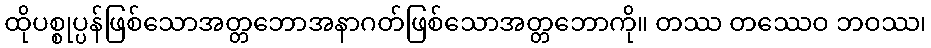
ထိုပစ္စုပ္ပန်ဖြစ်သောအတ္တဘောအနာဂတ်ဖြစ်သောအတ္တဘောကို။ တဿ တဿေဝ ဘဝဿ၊